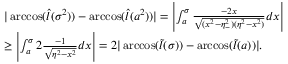
\begin{array} { r l } & { | \operatorname { a r c c o s } ( \hat { l } ( \sigma ^ { 2 } ) ) - \operatorname { a r c c o s } ( \hat { l } ( a ^ { 2 } ) ) | = \left| \int _ { a } ^ { \sigma } \frac { - 2 x } { \sqrt { ( x ^ { 2 } - \eta _ { - } ^ { 2 } ) ( \eta ^ { 2 } - x ^ { 2 } ) } } d x \right| } \\ & { \geq \left| \int _ { a } ^ { \sigma } 2 \frac { - 1 } { \sqrt { \eta ^ { 2 } - x ^ { 2 } } } d x \right| = 2 | \operatorname { a r c c o s } ( \tilde { l } ( \sigma ) ) - \operatorname { a r c c o s } ( \tilde { l } ( a ) ) | . } \end{array}